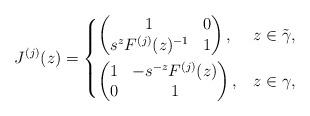
LaTeX: \begin{align*}J^{(j)}(z) = \begin{dcases}\begin{pmatrix}1&0\\ s^z F^{(j)}(z)^{-1}&1\end{pmatrix},& z\in\tilde\gamma,\\\begin{pmatrix}1&- s^{-z} F^{(j)}(z) \\0&1\end{pmatrix},& z\in\gamma,\end{dcases} \end{align*}